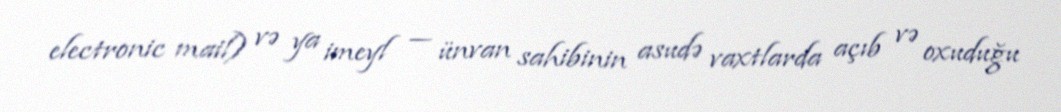
electronic mail) və ya imeyl — ünvan sahibinin asudə vaxtlarda açıb və oxuduğu